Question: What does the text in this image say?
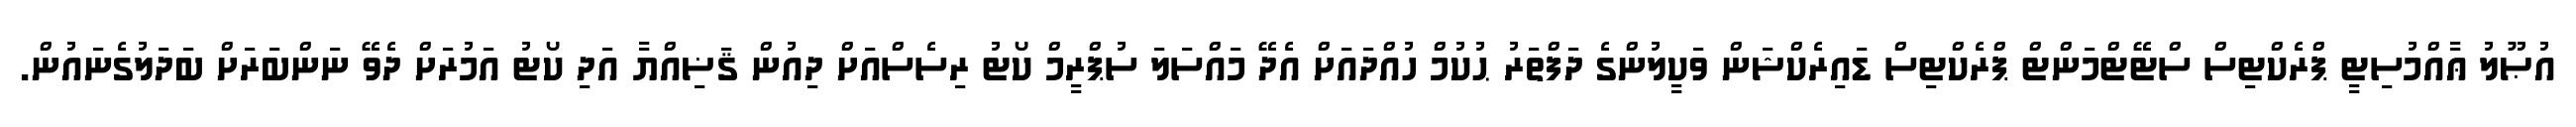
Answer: އުޞޫލު ޢާއްމުސިޓީ ޕްރެކްޓިސް ސްޓޭޓްމަންޓް ޕްރެކްޓިސް ޑައިރެކްޝަން ވަކީލުންގެ ދަފްތަރު ޙުކުމް ހުއްދައަށް އެދޭ މައްސަލަ ސުޕްރީމް ކޯޓު ރިސެސްއަށް ދިއުން ޤަޟިއްޔާ އަދި ކޯޓު އަމުރަށް ދެވޭ ނަންބަރަށް ބަދަލުގެނައުން.